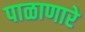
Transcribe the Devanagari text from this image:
पाळाणारे